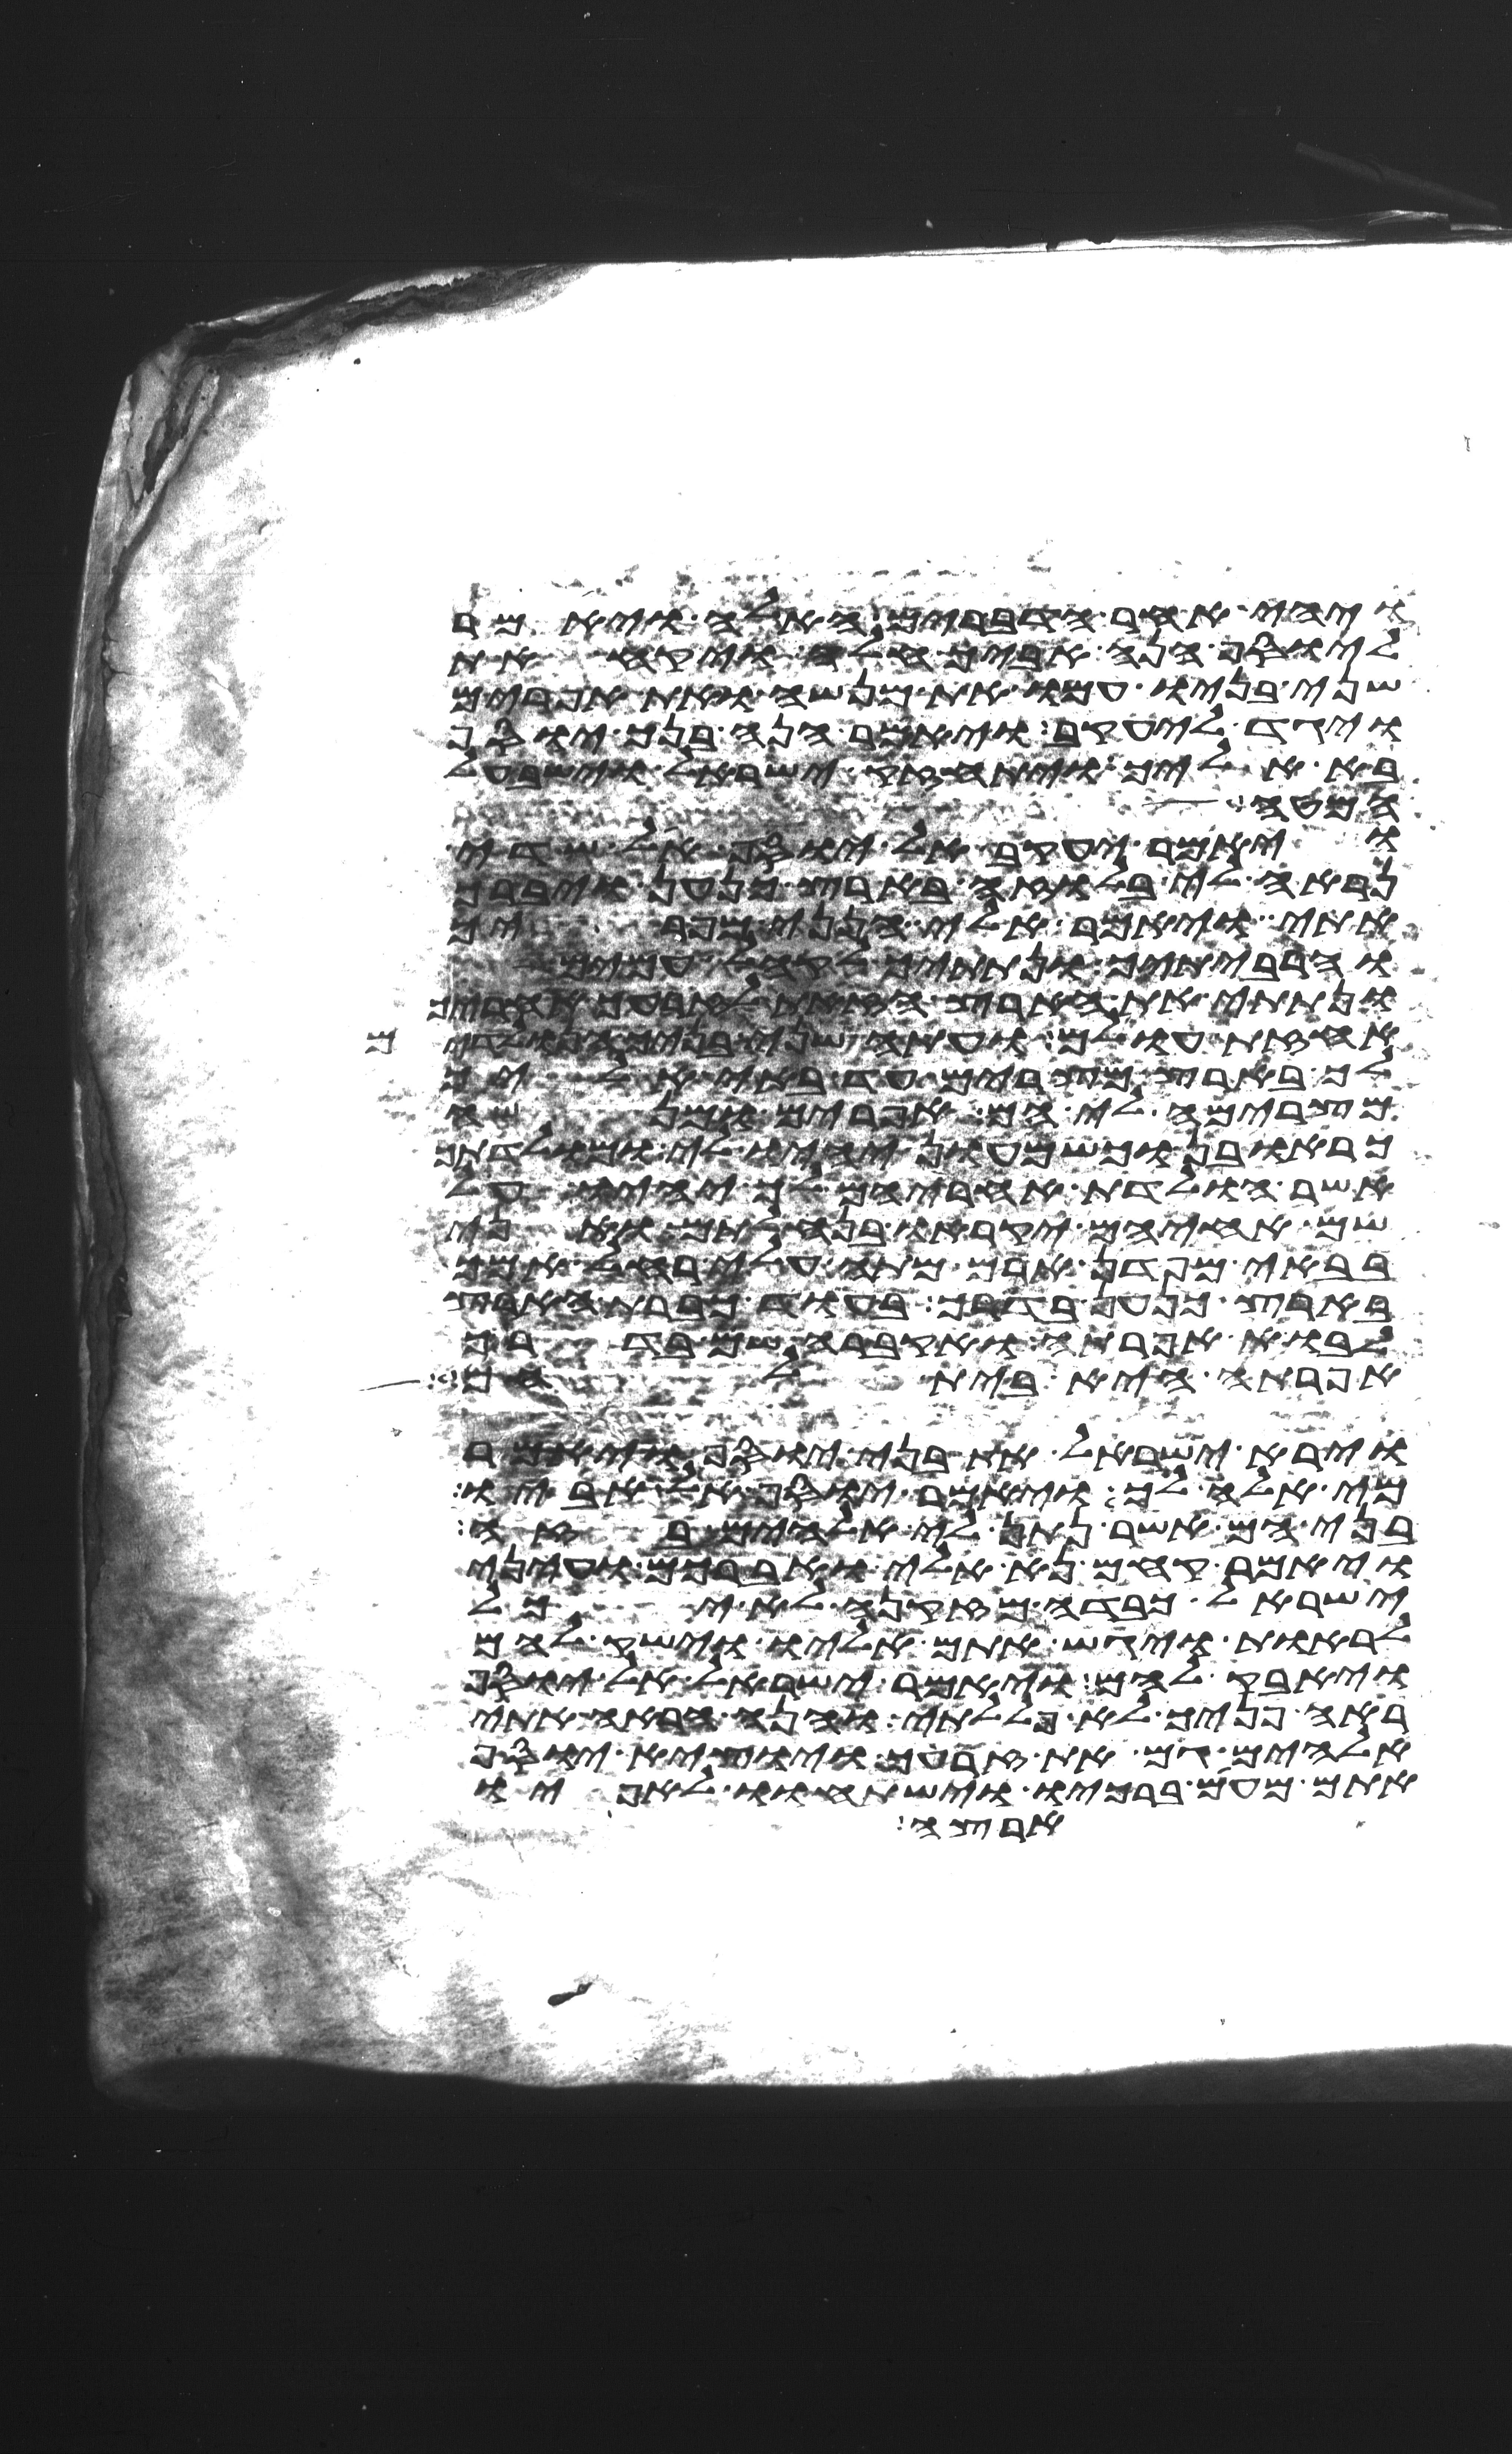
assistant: ויהי אחר הדברים האלה ויאמר
ליוסף הנה אביך חלה ויקח את
שני בניו עמו את מנשה ואת אפרים
ויגד ליעקב ויאמר הנה בנך יוסף
בא אליך ויתחזק ישראל וישב על
המטה
ויאמר יעקב אל יוסף אל שדי
נראה אלי בלוזה בארץ כנען ויברך
אתי ויאמר אלי הנני מפריך
והרביתיך ונתתיך לקהל עמים
ונתתי את הארץ הזאת לזרעך אחריך
אחזת עולם ועתה שני בניך הנולדים
לך בארץ מצרים עד באי אליך
מצרימה לי הם אפרים ומנשה
כראובן וכשמעון יהיו לי ומולדתך
אשר הולדת אחריהם לך יהיו על
שם אחיהם יקראו בנחלתם ואני
בבאי מפדן ארם מתה עלי רחל אמך
בארץ כנען בדרך בעוד כברת הארץ
לבוא אפרתה ואקברה שם בדרך
אפרתה היא בית לחם
וירא ישראל את בני יוסף ויאמר
מי אלה לך ויאמר יוסף אל אביו
בני הם אשר נתן לי אלהים בזה
ויאמר קחם נא אלי ואברכם ועיני
ישראל כבדה מזקנה לא יכל
לראות ויגש אתם אליו וישק להם
ויחבק להם ויאמר ישראל אל יוסף
ראה פניך לא פללתי והנה הראה אתי
אלהים גם את זרעך ויוצא יוסף
אתם מעם ברכיו וישתחוו לאפיו
ארצה